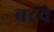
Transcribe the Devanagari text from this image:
बटवे